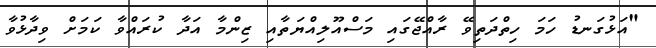
"އަޅުގަނޑު ހަމަ ހިތްދަތިވޭ ރާއްޖޭގައި މަސްއޫލިއްޔަތާއި ޒިންމާ އަދާ ކުރައްވާ ކަމަށް ވިދާޅުވާ